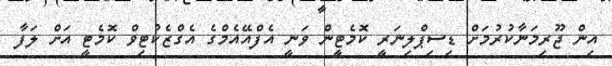
އިން ޖޫރިމަނާކުރުމަށް ޑިސިޕްލިނަރީ ކޮމެޓީން ވަނީ އެފްއޭއެމްގެ އެގްޒެކުޓިވް ކޮމެޓީ އަށް ލަފާ